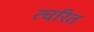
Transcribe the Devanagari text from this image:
त्चरित